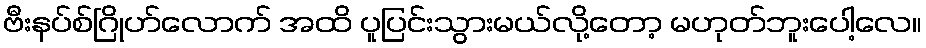
ဗီးနပ်စ်ဂြိုဟ်လောက် အထိ ပူပြင်းသွားမယ်လို့တော့ မဟုတ်ဘူးပေါ့လေ။